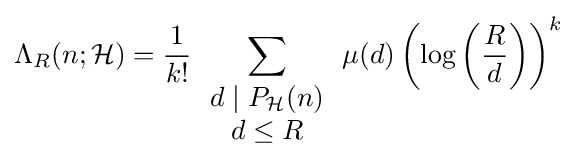
\Lambda _{R}(n;{\mathcal {H}})={\frac {1}{k!}}\sum \limits _{\begin{array}{c}d\mid P_{\mathcal {H}}(n)\\d\leq R\end{array}}\mu (d)\left(\log \left({\frac {R}{d}}\right)\right)^{k}